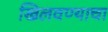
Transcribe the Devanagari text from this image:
खिलवण्याचा